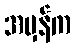
အမှန်က